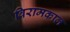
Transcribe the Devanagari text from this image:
विरामकाल